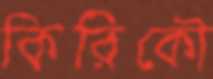
কিরিকৌ